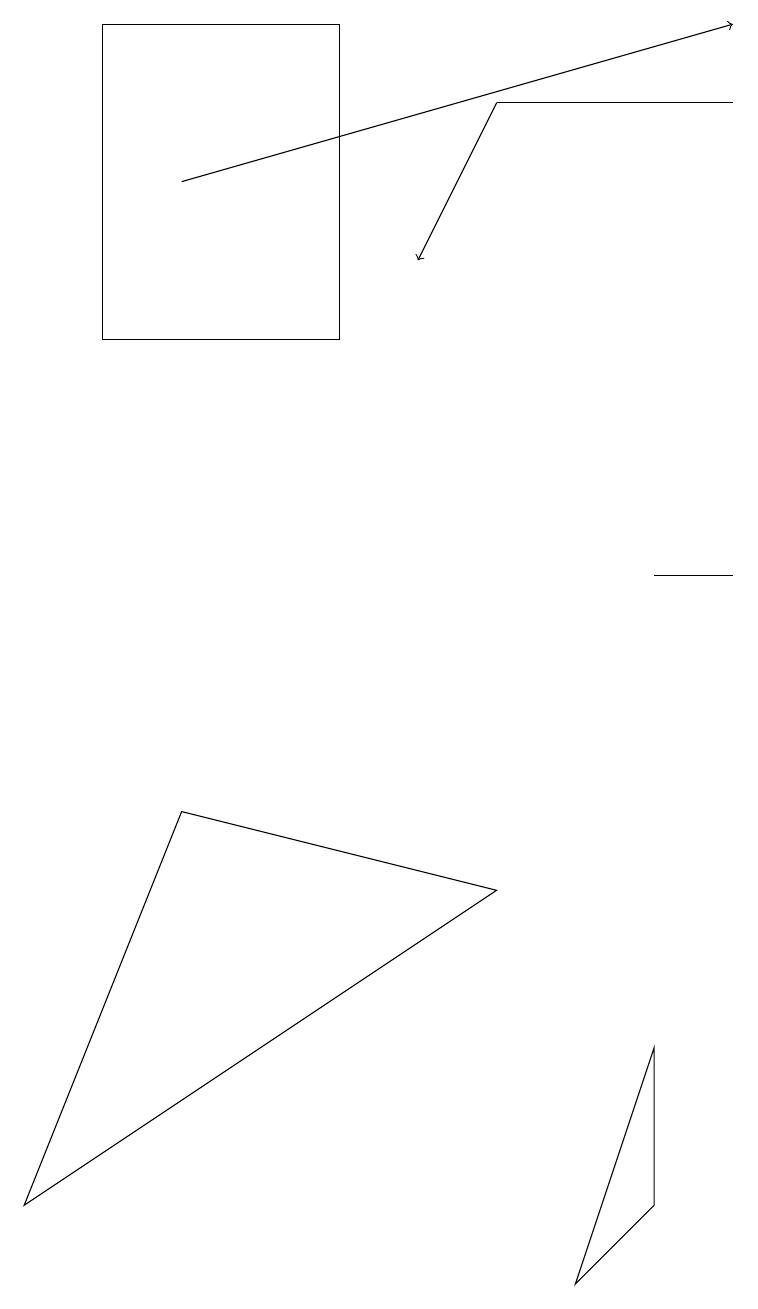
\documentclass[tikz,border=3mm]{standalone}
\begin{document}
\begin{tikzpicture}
\draw (8,10) rectangle (9,10);
\draw[->] (6,16) -- (5,14);
\draw[->] (2,15) -- (9,17);
\draw (8,4) -- (8,2) -- (7,1) -- cycle;
\draw (4,13) rectangle (1,17);
\draw (0,2) -- (2,7) -- (6,6) -- cycle;
\draw (6,16) rectangle (9,16);
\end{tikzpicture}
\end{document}